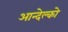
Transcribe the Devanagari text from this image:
आन्देल्को